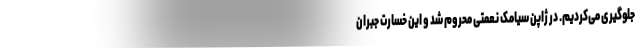
جلوگیری می‌کردیم. در ژاپن سیامک نعمتی محروم شد و این خسارت جبران‌